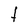
Character: t